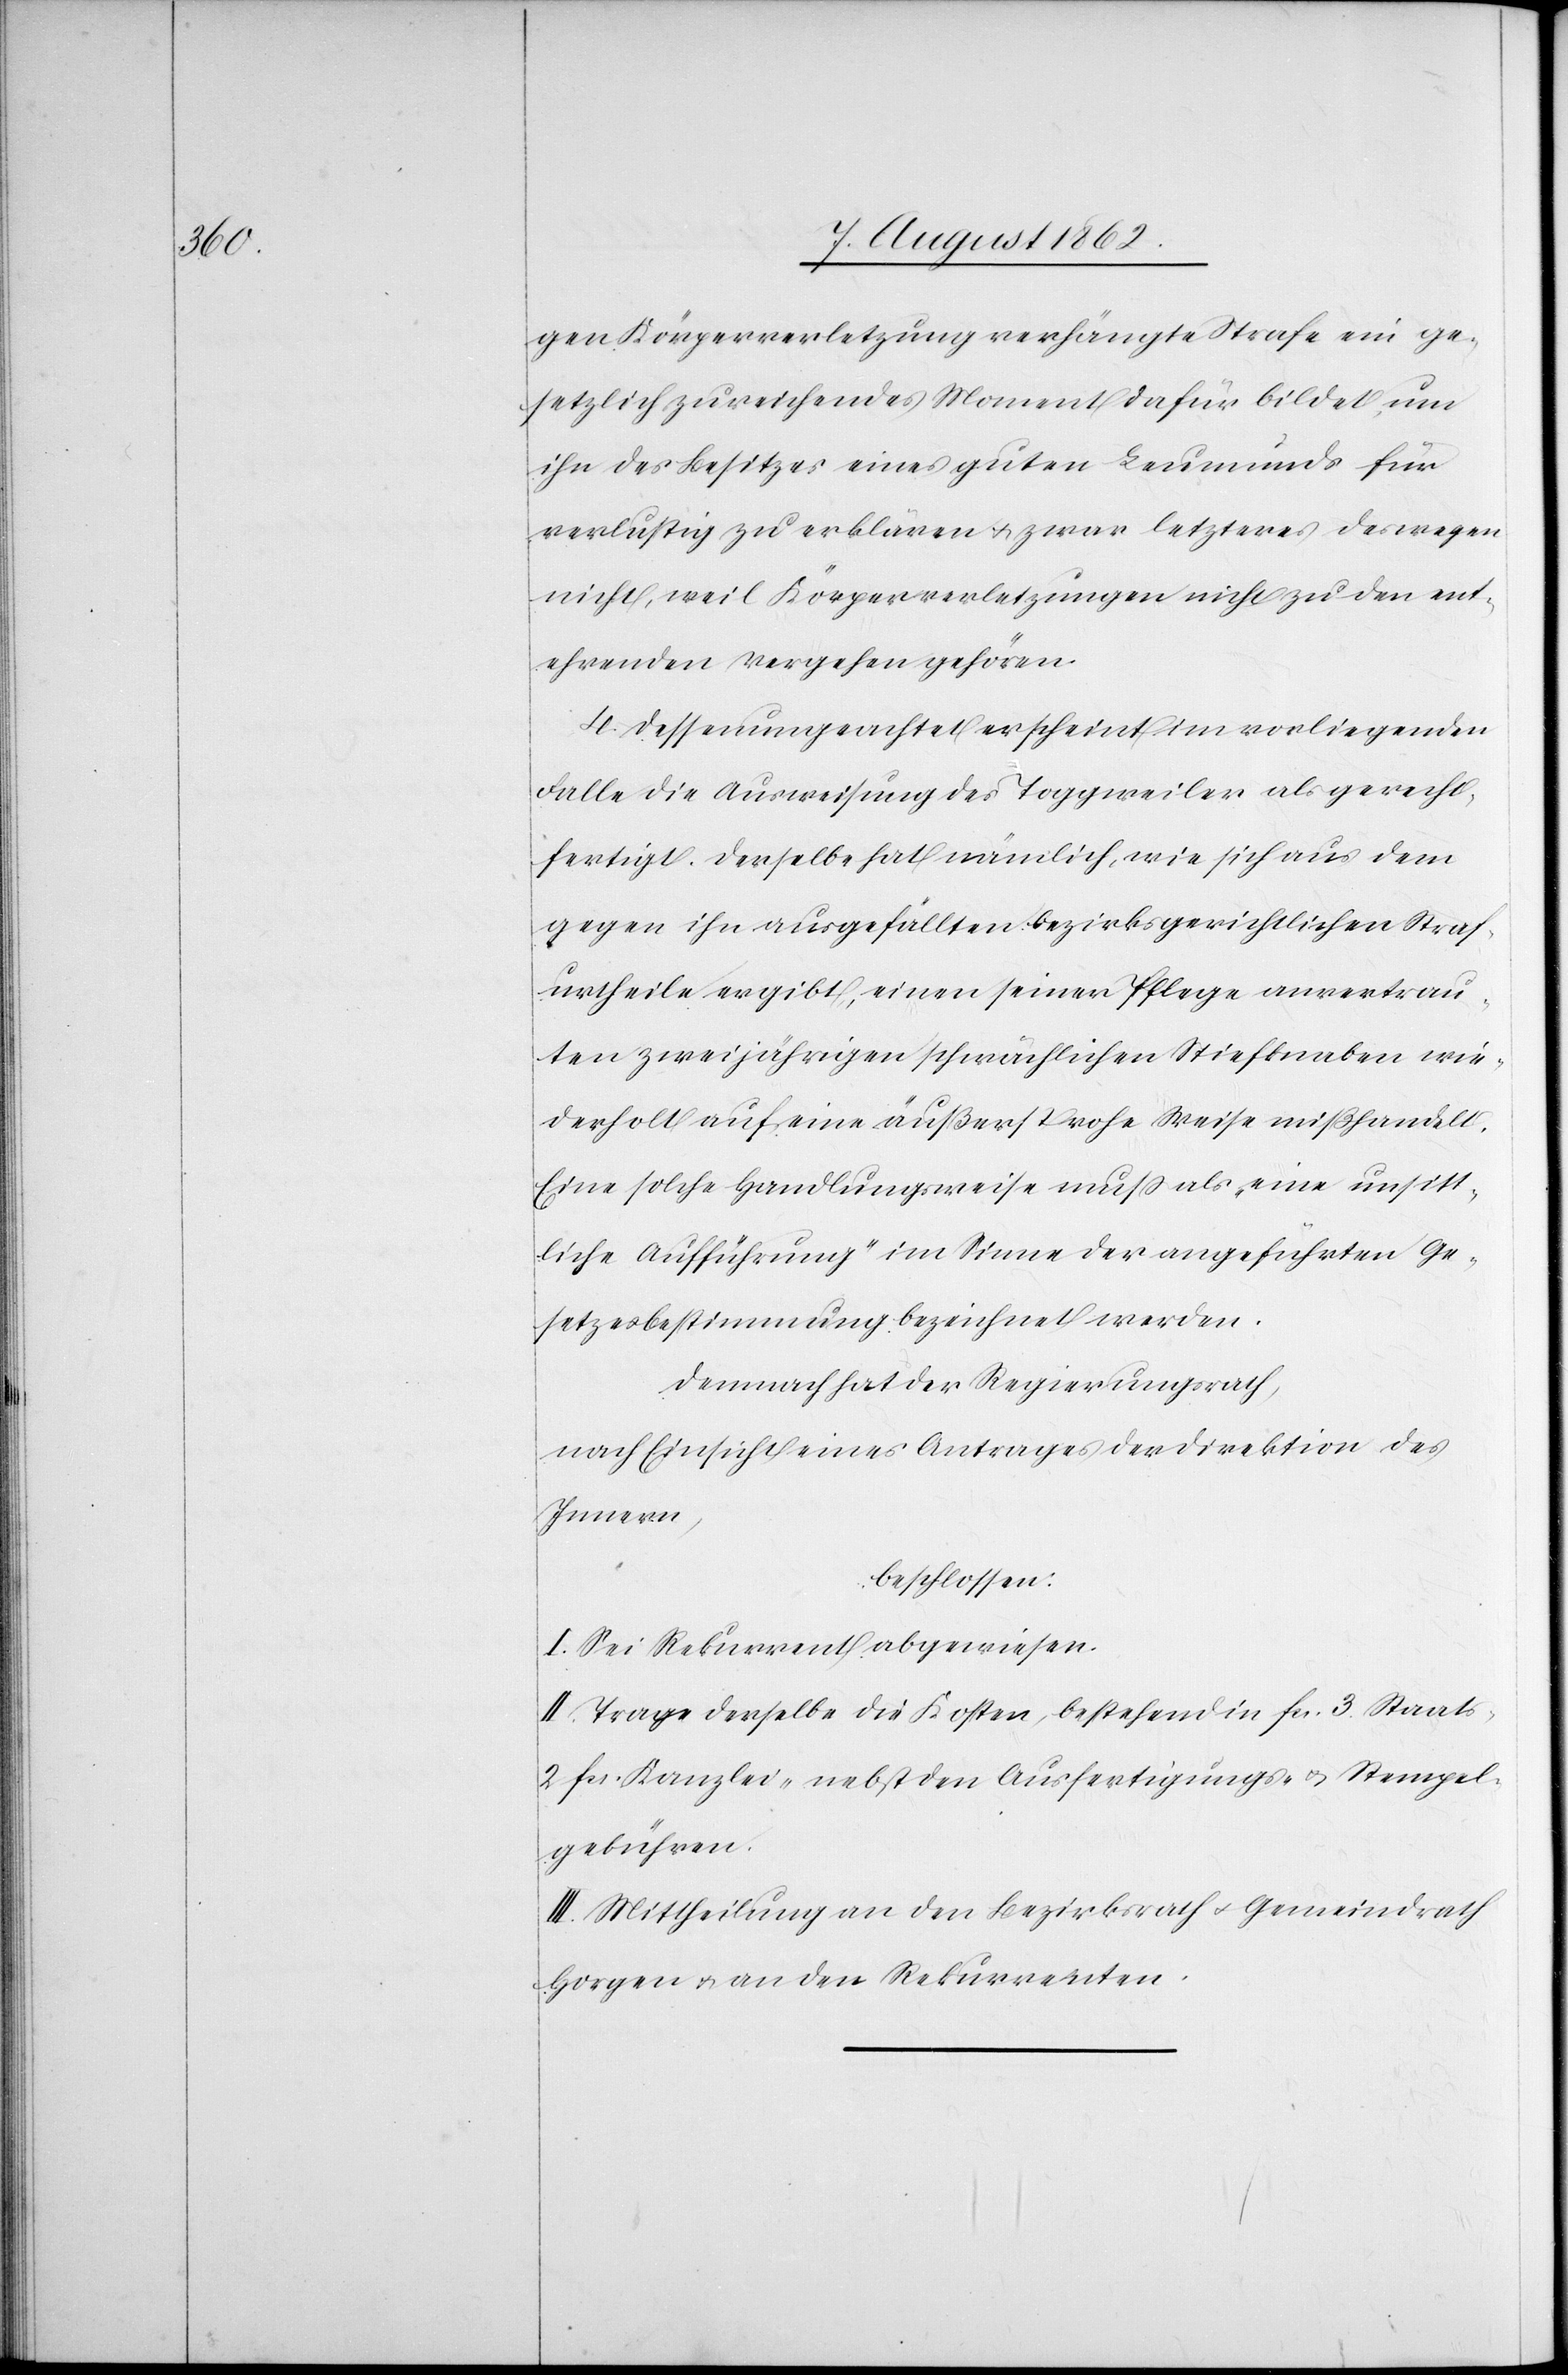
gen Körperverletzung verhängte Strafe ein ge¬
setzlich zureichendes Moment dafür bildet, um
ihr des Besitzes eines guten Leumunds für
verlustig zu erklären u. zwar letzteres deswegen
nicht, weil Körperverletzungen nicht zu den ent¬
ehrenden Vergehen gehören.
4. Dessenungeachtet erscheint im vorliegenden
Falle die Ausweisung des Toggweiler als gerecht¬
fertigt. Derselbe hat nämlich, wie sich aus dem
gegen ihn ausgefällten bezirksgerichtlichen Straf¬
urtheile ergibt, einen seiner Pflege anvertrau¬
ten zweijährigen schwächlichen Stiefknaben wie¬
derholt auf eine äußerst rohe Weise mißhandelt.
Eine solche Handlungsweise muß als „eine unsitt¬
liche Aufführung“ im Sinne der angeführten Ge¬
setzesbestimmung bezeichnet werden.
Demnach hat der Regierungsrath,
nach Einsicht eines Antrages der Direktion des
Innern,
beschlossen:
I. Sei Rekurrent abgewiesen.
II. Trage derselbe die Kosten, bestehend in fcs. 3 Staats-
2 fcs. Kanzlei- nebst den Ausfertigungs- u. Stempel¬
gebühren.
III. Mittheilung an den Bezirksrath u. Gemeindrath
Horgen u. an den Rekurrenten.